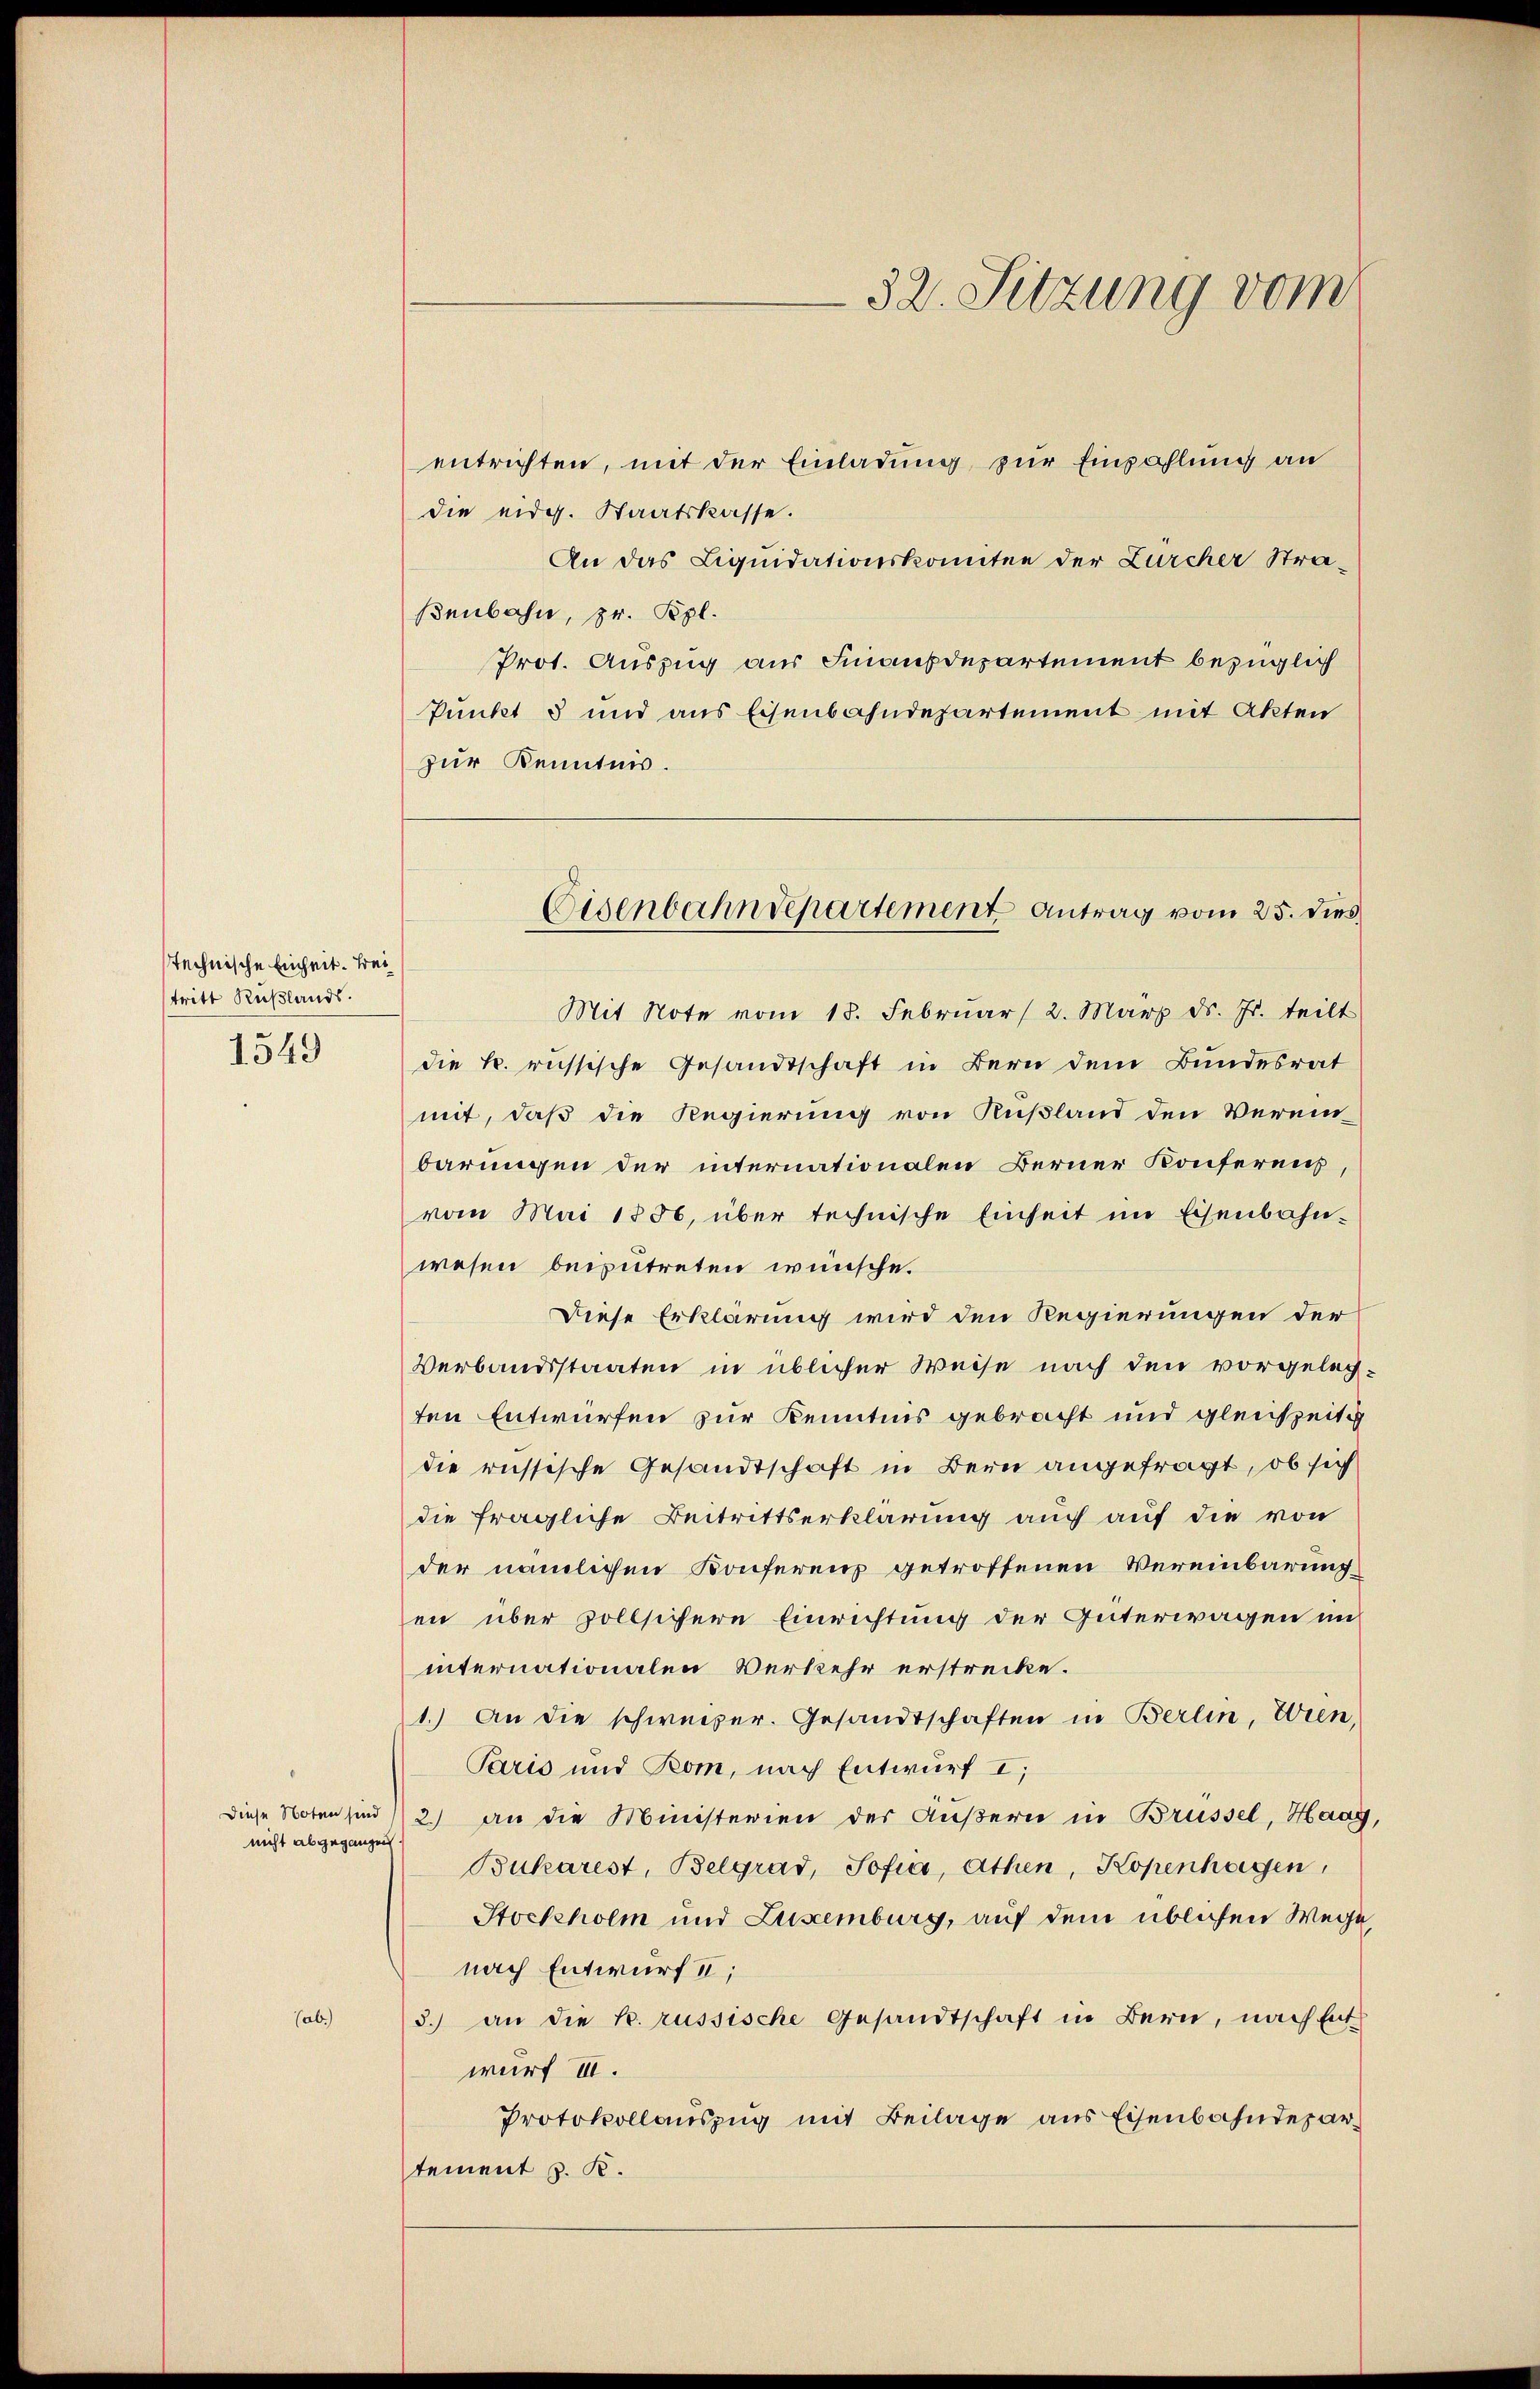
stechnische Einheit. Bei
tritt Rußlands.
1549

entrichten, mit der Einladung zur Einzahlung an
die eidg. Staatskasse.
An das Liquidationskomitee der Zürcher Straßenbahn, pr. Pipl.
Prot. Auszug aus Finanzdepartement bezüglich
Punkt 8 und aus Eisenbahndepartement mit Akten
zur Kenntnis.

Diese Noten sind
nicht abgegangen

Mit Note vom 18. Februar 2. März d. Js. teilt
die k. russische Gesandtschaft in Bern dem Bundesrat
mit, daß die Regierung von Rußland den Verein-
barungen der internationalen Berner Konferens,
vom Mai 1856, über technische Einheit im Eisenbahnwesen beizutreten wünsche.
Diese Erklärung wird den Regierungen der
Verbandsstaaten in üblicher Weise nach den vorgelegten Entwürfen zur Kenntnis gebracht und gleichzeiti
die russische Gesandtschaft in Bern angefragt, ob sich
die fragliche Beitrittserklärung auch auf die von
der nämlichen Konferenz getroffenen Vereinbarungen über zollsichere Einrichtung der Güterwagen im
internationalen Verkehr erstrecke.
1.) An die schweizer. Gesandtschaften in Berlin, Wien,
Paris und Rom, nach Entwurf I,
2.) an die Ministerien des Äußern in Brüssel, Haag,
Bukarest, Belgrad, Sofia, Athen, Kopenhagen,
Stockholm und Luxenburg, auf dem üblichen Wege,
nach Entwurf I;
3.) an die k. russische Gesandtschaft in Bern, nach Ent
wurf III.
Protokollauszug mit Beilage aus Eisenbahndepartement z. K.

32. Sitzung vom

Eisenbahndepartement Antrag vom 25. dies